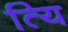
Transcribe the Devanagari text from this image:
त्यि